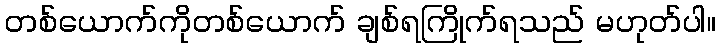
တစ်ယောက်ကိုတစ်ယောက် ချစ်ရကြိုက်ရသည် မဟုတ်ပါ။